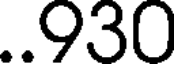
..930